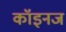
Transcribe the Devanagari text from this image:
कॉइनज